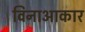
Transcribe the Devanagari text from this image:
विनाआकार